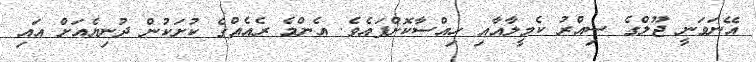
އޭނަވަނީ ޖޫލްގެ ސިއްރު ކެމީލާއާއި ހިއްސާކޮށްފައެވެ. އެންމެ ރެއެއްގެ ކުށަކުން ދުނިޔެއަށް އައި